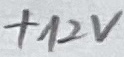
Text: +12V